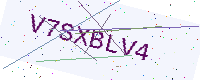
Text: V7SXBLV4